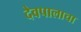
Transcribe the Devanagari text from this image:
देवपालाचा